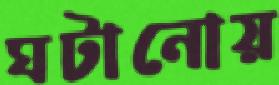
ঘটানোয়